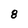
Character: 8